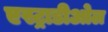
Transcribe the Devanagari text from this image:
एस्ट्राडीओल